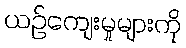
ယဉ်ကျေးမှုများကို